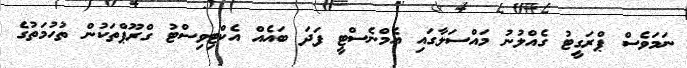
ނަމަވެސް ޕްރަގީޓު ގެއްލުނު މައްސަލާގައި އެމްނެސްޓީ ފަދަ ބައެއް އެކްޓިވިސްޓު ގްރޫޕްތަކުން ތުހުމަތުގެ